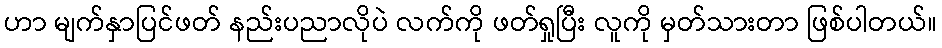
ဟာ မျက်နှာပြင်ဖတ် နည်းပညာလိုပဲ လက်ကို ဖတ်ရှုပြီး လူကို မှတ်သားတာ ဖြစ်ပါတယ်။